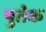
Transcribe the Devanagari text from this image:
पुतेक